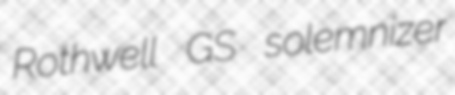
Rothwell GS solemnizer